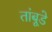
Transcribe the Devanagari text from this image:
तांबूडे